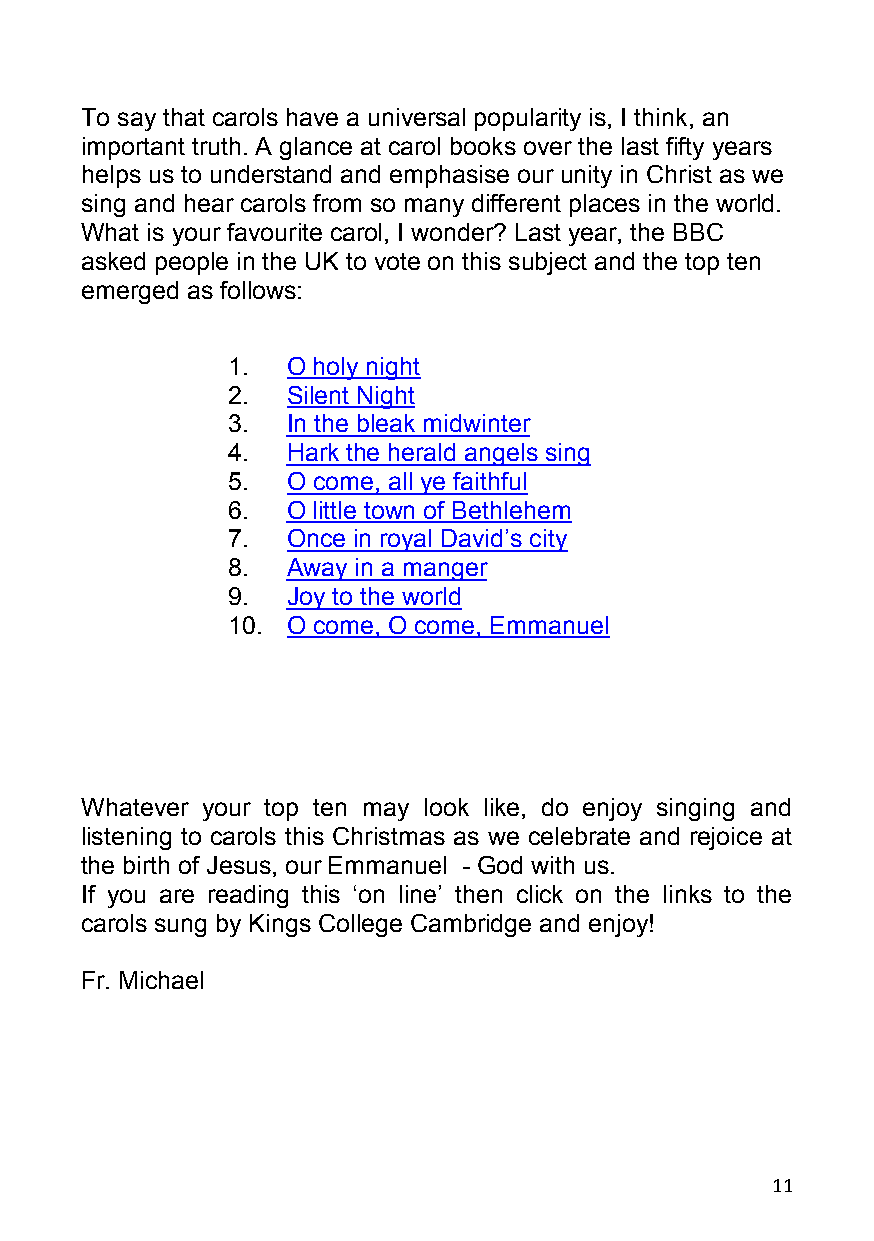
To say that carols have a universal popularity is, I think, an
 important truth. A glance at carol books over the last fifty years
 helps us to understand and emphasise our unity in Christ as we
 sing and hear carols from so many different places in the world.
 What is your favourite carol, I wonder? Last year, the BBC
 asked people in the UK to vote on this subject and the top ten
 emerged as follows:
 1.  O holy night
 2.  Silent Night
 3.  In the bleak midwinter
 4.  Hark the herald angels sing
 5.  O come, all ye faithful
 6.  O little town of Bethlehem
 7.  Once in royal David’s city
 8.  Away in a manger
 9.  Joy to the world
 10. O come, O come, Emmanuel
 Whatever your top ten may look like, do enjoy singing and
 listening to carols this Christmas as we celebrate and rejoice at
 the birth of Jesus, our Emmanuel - God with us.
 If you are reading this ‘on line’ then click on the links to the
 carols sung by Kings College Cambridge and enjoy!
 Fr. Michael
 11